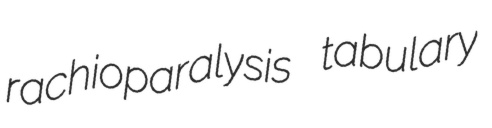
rachioparalysis tabulary